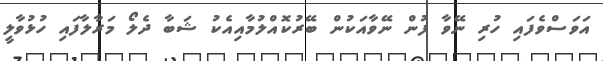
އަވަސްވެފައި ހުރި ނޭވާ ފުން ނޭވާއަކުން ބޭރުކޮއްލުމާއިއެކު ޝަބާ ދެލޯ މަރާލާފައި ހުޅުވާލީ